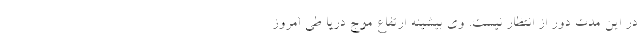
در این مدت دور از انتظار نیست. وی بیشینه ارتفاع موج دریا طی امروز